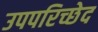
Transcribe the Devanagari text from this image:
उपपरिच्छेद